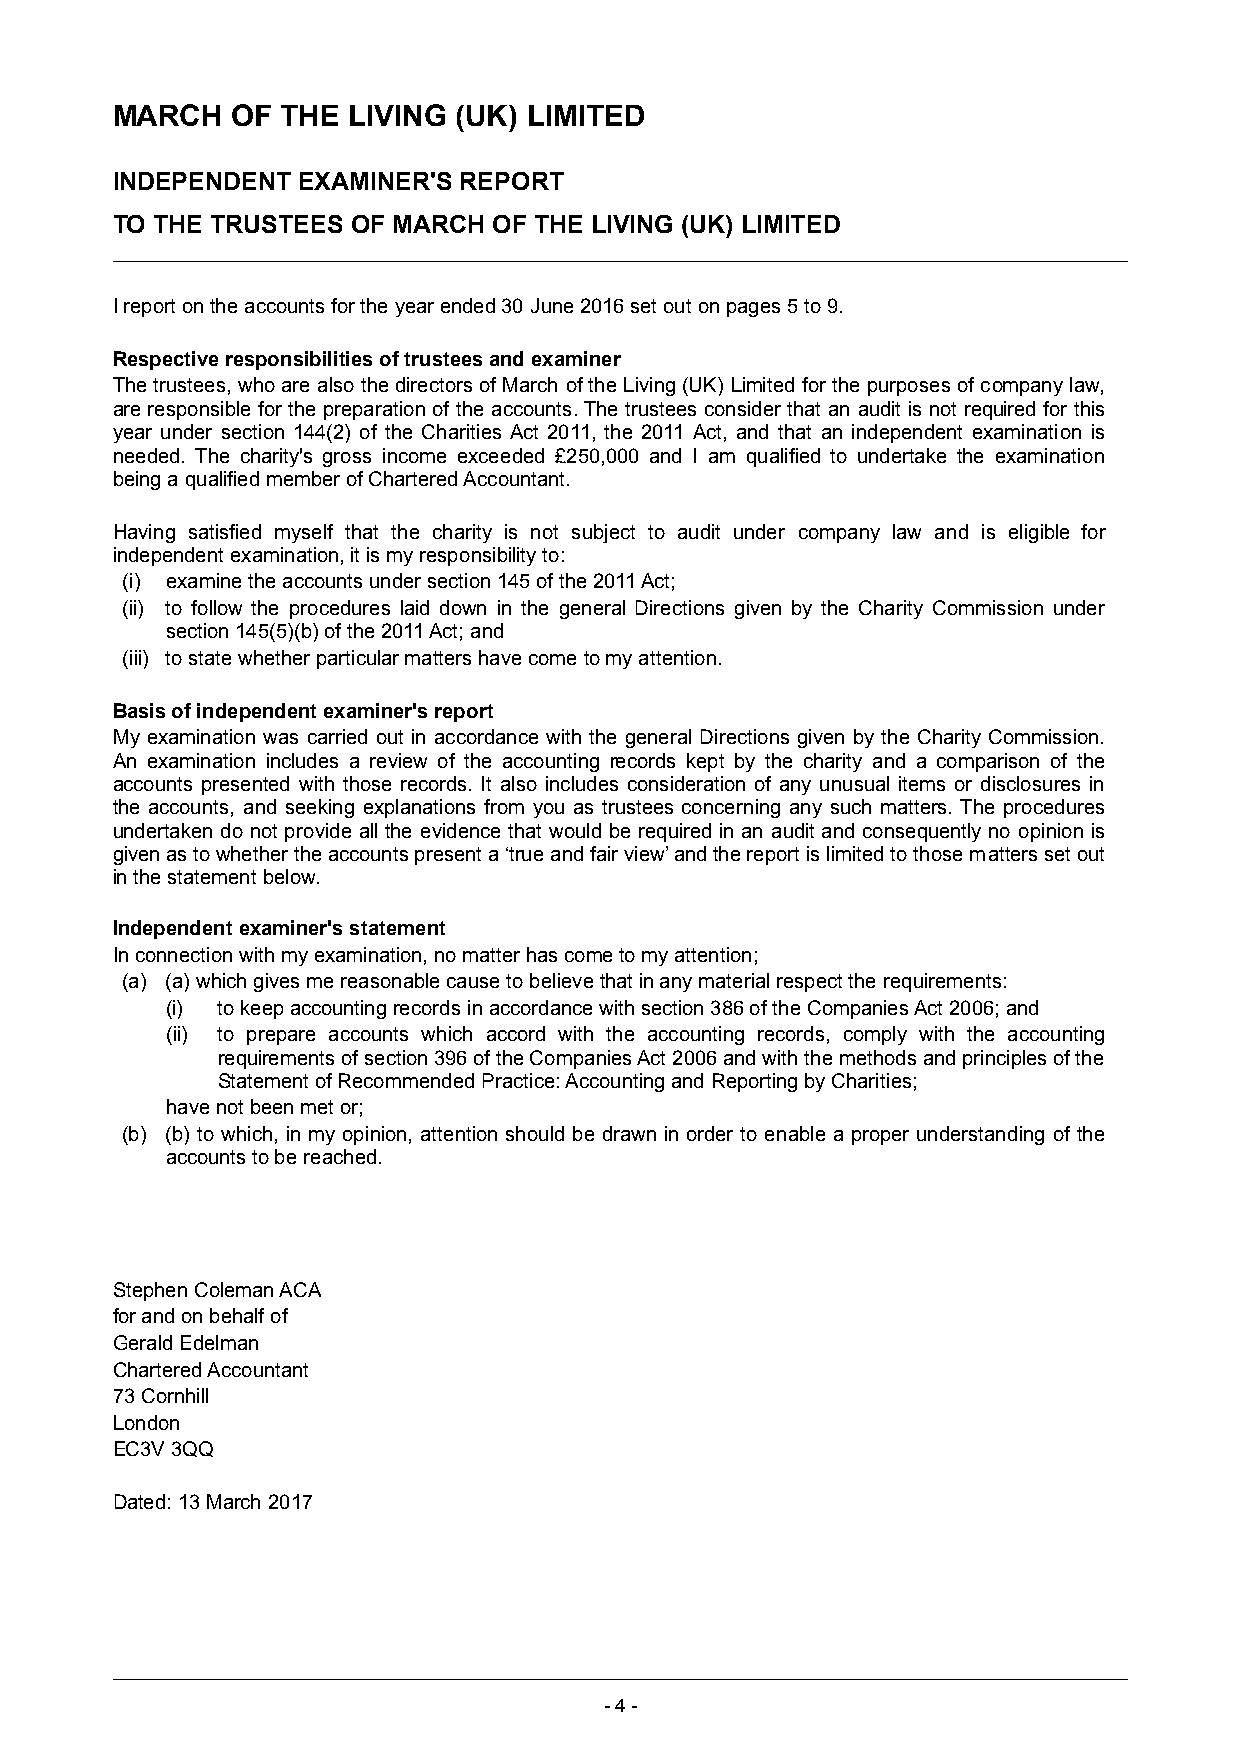
MARCH   OF  THE LIVING (UK) LIMITED
 INDEPENDENT  EXAMINER'S REPORT
 TO THE TRUSTEES OF MARCH  OF THE LIVING (UK) LIMITED
 I report on the accounts for the year ended 30 June 2016 set out on pages 5 to 9.
 Respective responsibilities of trustees and examiner
 The trustees, who are also the directors of March of the Living (UK) Limited for the purposes of company law,
 are responsible for the preparation of the accounts. The trustees consider that an audit is not required for this
 year under section 144(2) of the Charities Act 2011, the 2011 Act, and that an independent examination is
 needed. The charity's gross income exceeded £250,000 and I am qualified to undertake the examination
 being a qualified member of Chartered Accountant.
 Having satisfied myself that the charity is not subject to audit under company law and is eligible for
 independent examination, it is my responsibility to:
 (i) examine the accounts under section 145 of the 2011 Act;
 (ii) to follow the procedures laid down in the general Directions given by the Charity Commission under
 section 145(5)(b) of the 2011 Act; and
 (iii) to state whether particular matters have come to my attention.
 Basis of independent examiner's report
 My examination was carried out in accordance with the general Directions given by the Charity Commission.
 An examination includes a review of the accounting records kept by the charity and a comparison of the
 accounts presented with those records. It also includes consideration of any unusual items or disclosures in
 the accounts, and seeking explanations from you as trustees concerning any such matters. The procedures
 undertaken do not provide all the evidence that would be required in an audit and consequently no opinion is
 given as to whether the accounts present a ‘true and fair view’ and the report is limited to those matters set out
 in the statement below.
 Independent examiner's statement
 In connection with my examination, no matter has come to my attention;
 (a) (a) which gives me reasonable cause to believe that in any material respect the requirements:
 (i) to keep accounting records in accordance with section 386 of the Companies Act 2006; and
 (ii) to prepare accounts which accord with the accounting records, comply with the accounting
 requirements of section 396 of the Companies Act 2006 and with the methods and principles of the
 Statement of Recommended Practice: Accounting and Reporting by Charities;
 have not been met or;
 (b) (b) to which, in my opinion, attention should be drawn in order to enable a proper understanding of the
 accounts to be reached.
 Stephen Coleman ACA
 for and on behalf of
 Gerald Edelman
 Chartered Accountant
 73 Cornhill
 London
 EC3V 3QQ
 Dated: 13 March 2017
 -4 -